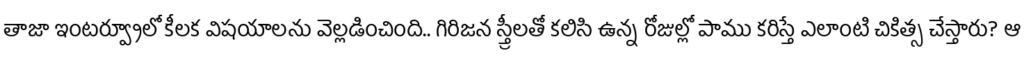
తాజా ఇంటర్వ్యూలో కీలక విషయాలను వెల్లడించింది.. గిరిజన స్త్రీలతో కలిసి ఉన్న రోజుల్లో పాము కరిస్తే ఎలాంటి చికిత్స చేస్తారు? ఆ